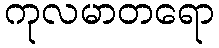
ကုလမာတရော